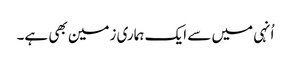
اُنہی میں سے ایک ہماری زمین بھی ہے۔